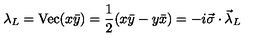
\lambda _ { L } = \mathrm { V e c } ( x \bar { y } ) = \frac { 1 } { 2 } ( x \bar { y } - y \bar { x } ) = - i \vec { \sigma } \cdot \vec { \lambda } _ { L }